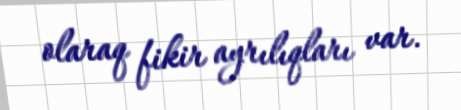
olaraq fikir ayrılıqları var.